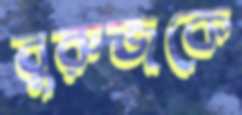
বুরুজকে